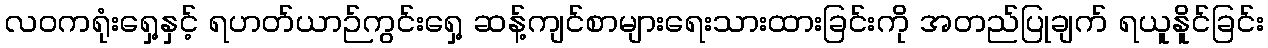
လဝကရုံးရှေ့နှင့် ရဟတ်ယာဉ်ကွင်းရှေ့ ဆန့်ကျင်စာများရေးသားထားခြင်းကို အတည်ပြုချက် ရယူနိူင်ခြင်း